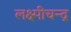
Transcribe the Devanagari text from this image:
लक्ष्मीचन्द्र